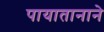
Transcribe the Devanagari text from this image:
पायातानाने